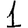
Digit: 1